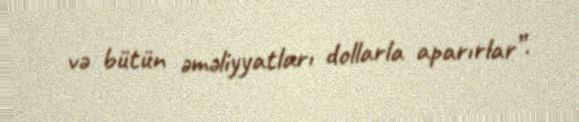
və bütün əməliyyatları dollarla aparırlar”.